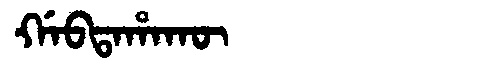
Manchu: ᡤᠠᠪᡨᠠᡥᠠᡴᡡ
Romanization: GABTAHAKŪ